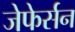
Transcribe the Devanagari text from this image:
जेफेर्सन